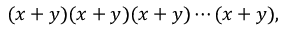
( x + y ) ( x + y ) ( x + y ) \cdots ( x + y ) ,